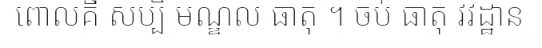
ពោលគឺ សប្បិ មណ្ឌល ធាតុ ។ ចប់ ធាតុ វវដ្ឋាន